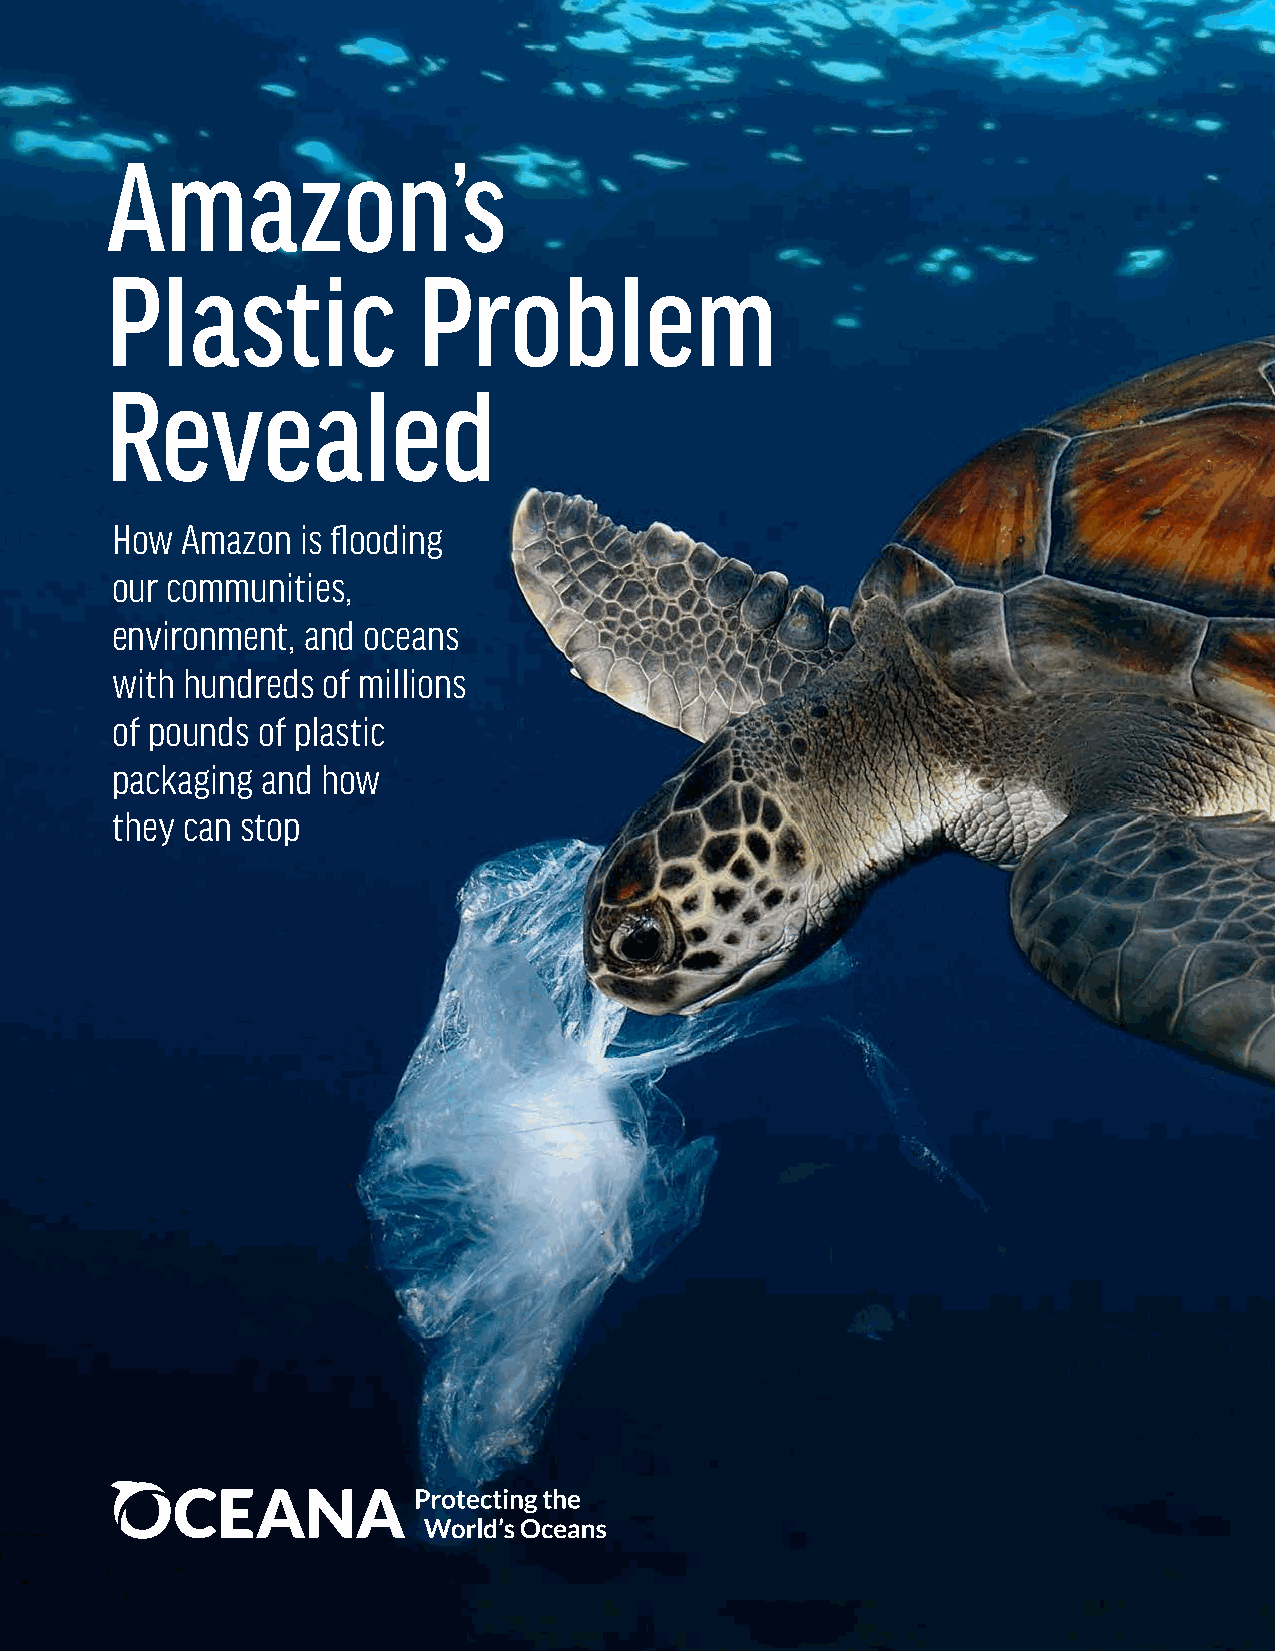
Amazon’s
 Plastic              Problem
 Revealed
 How  Amazon  is flooding
 our communities,
 environment, and oceans
 with hundreds of millions
 of pounds of plastic
 packaging and how
 they can stop